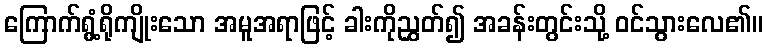
ကြောက်ရွံ့ရိုကျိုးသော အမူအရာဖြင့် ခါးကိုညွှတ်၍ အခန်းတွင်းသို့ ဝင်သွားလေ၏။